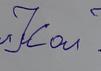
Signature authenticity: forged